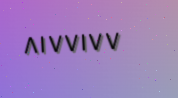
٨١٧٧١٧٧